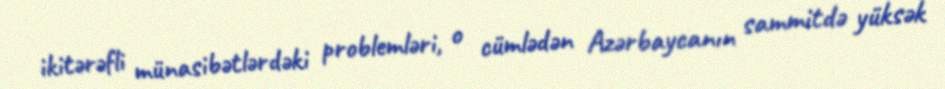
ikitərəfli münasibətlərdəki problemləri, o cümlədən Azərbaycanın sammitdə yüksək